Vaccine operations Central Provinces 1868-1885 - 1868-1885
Year: 1868
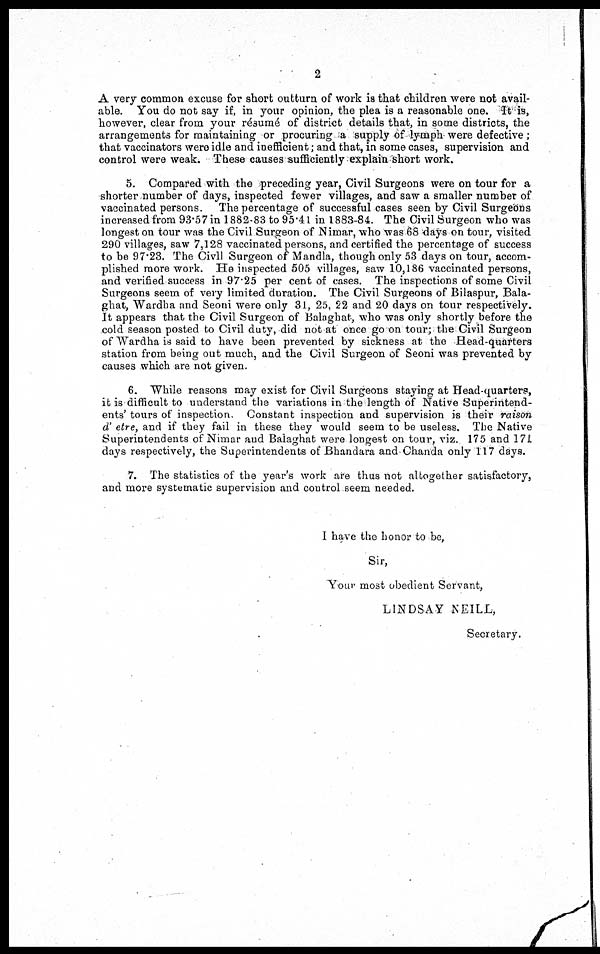
2
A very common excuse for short outturn of work is that children were not avail-
able. You do not say if, in your opinion, the plea is a reasonable one. It is,
however, clear from your résumé of district details that, in some districts, the
arrangements for maintaining or procuring a supply of lymph- were defective ;
that vaccinators were idle and inefficient; and that, in some cases, supervision and
control were weak. These causes sufficiently explain short work.
5. Compared with the preceding year, Civil Surgeons were on tour for a
shorter number of days, inspected fewer villages, and saw a smaller number of
vaccinated persons. The percentage of successful cases seen by Civil Surgeons
increased from 93.57 in 1882-83 to 95.41 in 1883-84. The Civil Surgeon who was
longest on tour was the Civil Surgeon of Nimar, who was 68 days on tour, visited
290 villages, saw 7,128 vaccinated persons, and certified the percentage of success
to be 97.23. The Civil Surgeon of Mandla, though only 53 days on tour, accom-
plished more work. He inspected 505 villages, saw 10,186 vaccinated persons,
and verified success in 97.25 per cent of cases. The inspections of some Civil
Surgeons seem of very limited duration. The Civil Surgeons of Bilaspur, Bala-
ghat, Wardha and Seoni were only 31, 25, 22 and 20 days on tour respectively.
It appears that the Civil Surgeon of Balaghat, who was only shortly before the
cold season posted to Civil duty, did not at once go on tour; the Civil Surgeon
of Wardha is said to have been prevented by sickness at the Head-quarters
station from being out much, and the Civil Surgeon of Seoni was prevented by
causes which are not given.
6. While reasons may exist for Civil Surgeons staying at Head-quarters,
it is difficult to understand the variations in the length of Native Superintend-
ents' tours of inspection. Constant inspection and supervision is their raison
d' etre, and if they fail in these they would seem to be useless. The Native
Superintendents of Nimar and Balaghat were longest on tour, viz. 175 and 171
days respectively, the Superintendents of Bhandara and Chanda only 117 days.
7. The statistics of the year's work are thus not altogether satisfactory,
and more systematic supervision and control seem needed.
I have the honor to be,
Sir,
Your most obedient Servant,
LINDSAY NEILL,
Secretary.